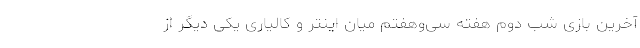
آخرین بازی شب دوم هفته سی‌و‌هفتم میان اینتر و کالیاری یکی دیگر از